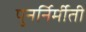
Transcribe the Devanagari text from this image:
पुनर्निर्मीती